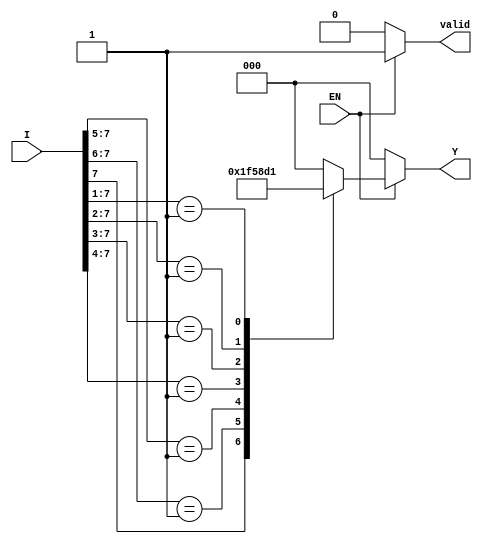
module encoder_8to3 (
    input wire [7:0] I,   // 8 input lines
    input wire EN,        // Enable signal
    output reg [2:0] Y,   // 3 output lines
    output reg valid       // Valid output indicator
);

always @(*) begin
    if (!EN) begin
        Y = 3'b000;      // Default state when EN is low
        valid = 1'b0;    // Invalid output
    end else begin
        valid = 1'b1;    // Valid output
        casez (I)        // Use casez to handle don't care conditions
            8'b1??????? : Y = 3'b111; // I7 active
            8'b01?????? : Y = 3'b110; // I6 active
            8'b001????? : Y = 3'b101; // I5 active
            8'b0001???? : Y = 3'b100; // I4 active
            8'b00001??? : Y = 3'b011; // I3 active
            8'b000001?? : Y = 3'b010; // I2 active
            8'b0000001? : Y = 3'b001; // I1 active
            8'b00000001 : Y = 3'b000; // I0 active
            default:      Y = 3'b000;  // Default case (no active input)
        endcase
    end
end

endmodule